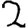
Digit: 2